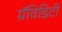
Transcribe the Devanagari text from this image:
ग्रॅविडिटी